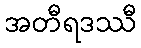
အတီရဒဿီ